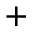
^ +